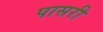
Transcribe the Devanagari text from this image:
पासरी